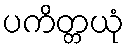
ပကိတ္တယုံ